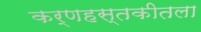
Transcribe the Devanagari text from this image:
कर्णहस्तकीतला